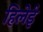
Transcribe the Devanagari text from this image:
हिलेई